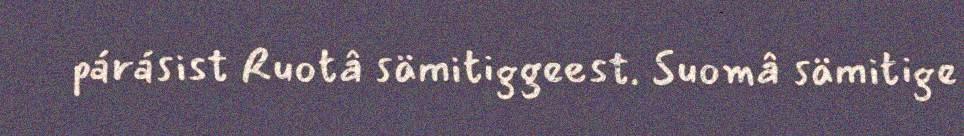
párásist Ruotâ sämitiggeest. Suomâ sämitige